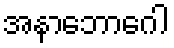
အနာဘောဂေါ